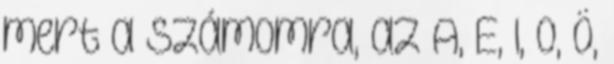
mert a számomra, az A, E, I, O, Ö,